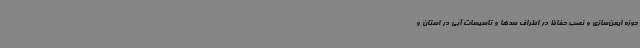
حوزه ایمن‌سازی و نصب حفاظ در اطراف سدها و تاسیسات آبی در استان و